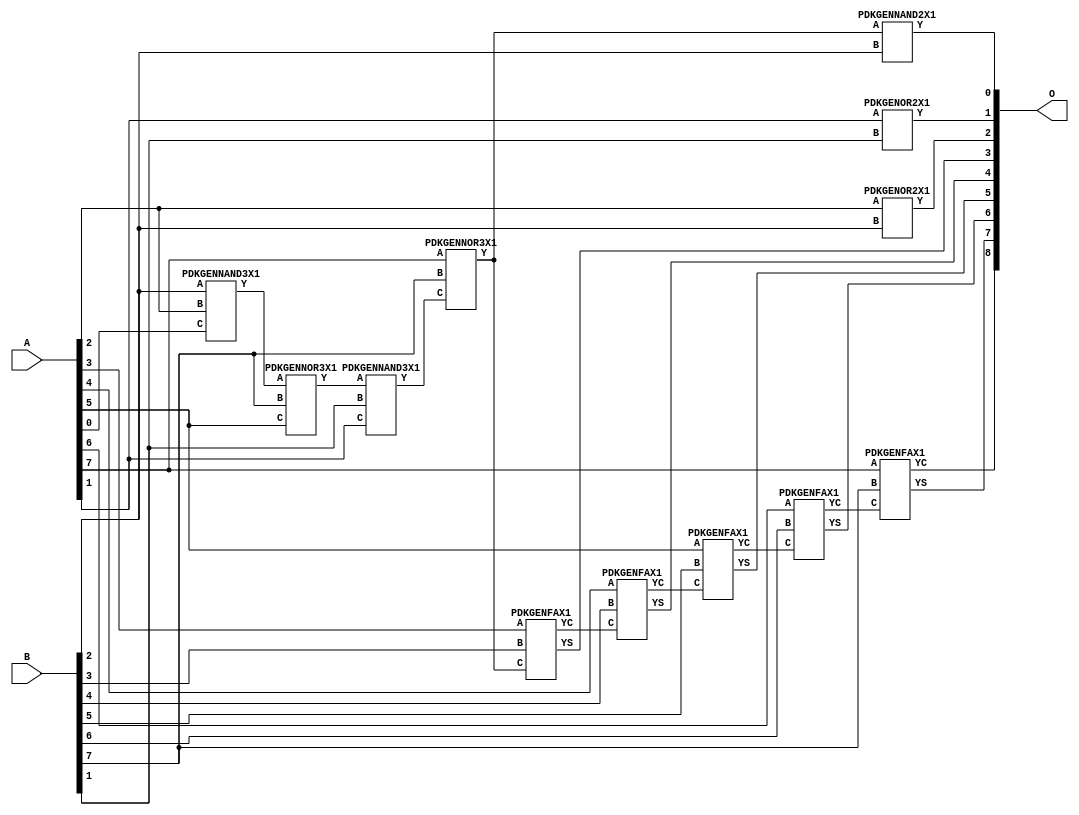
// Library = EvoApprox8b
// Circuit = add8_236
// Area   (180) = 888
// Delay  (180) = 1.600
// Power  (180) = 213.20
// Area   (45) = 61
// Delay  (45) = 0.590
// Power  (45) = 21.06
// Nodes = 12
// HD = 141968
// MAE = 1.75781
// MSE = 6.33594
// MRE = 0.92 %
// WCE = 7
// WCRE = 100 %
// EP = 71.7 %

module add8_236(A, B, O);
  input [7:0] A;
  input [7:0] B;
  output [8:0] O;
  wire [2031:0] N;

  assign N[0] = A[0];
  assign N[1] = A[0];
  assign N[2] = A[1];
  assign N[3] = A[1];
  assign N[4] = A[2];
  assign N[5] = A[2];
  assign N[6] = A[3];
  assign N[7] = A[3];
  assign N[8] = A[4];
  assign N[9] = A[4];
  assign N[10] = A[5];
  assign N[11] = A[5];
  assign N[12] = A[6];
  assign N[13] = A[6];
  assign N[14] = A[7];
  assign N[15] = A[7];
  assign N[16] = B[0];
  assign N[17] = B[0];
  assign N[18] = B[1];
  assign N[19] = B[1];
  assign N[20] = B[2];
  assign N[21] = B[2];
  assign N[22] = B[3];
  assign N[23] = B[3];
  assign N[24] = B[4];
  assign N[25] = B[4];
  assign N[26] = B[5];
  assign N[27] = B[5];
  assign N[28] = B[6];
  assign N[29] = B[6];
  assign N[30] = B[7];
  assign N[31] = B[7];

  PDKGENNAND3X1 n32(.A(N[20]), .B(N[4]), .C(N[0]), .Y(N[32]));
  PDKGENNOR3X1 n34(.A(N[32]), .B(N[30]), .C(N[10]), .Y(N[34]));
  PDKGENNAND3X1 n40(.A(N[34]), .B(N[18]), .C(N[2]), .Y(N[40]));
  PDKGENNOR3X1 n42(.A(N[14]), .B(N[30]), .C(N[40]), .Y(N[42]));
  assign N[43] = N[42];
  PDKGENOR2X1 n82(.A(N[2]), .B(N[18]), .Y(N[82]));
  PDKGENNAND2X1 n100(.A(N[42]), .B(N[20]), .Y(N[100]));
  PDKGENOR2X1 n132(.A(N[4]), .B(N[20]), .Y(N[132]));
  PDKGENFAX1 n182(.A(N[6]), .B(N[22]), .C(N[43]), .YS(N[182]), .YC(N[183]));
  PDKGENFAX1 n232(.A(N[8]), .B(N[24]), .C(N[183]), .YS(N[232]), .YC(N[233]));
  PDKGENFAX1 n282(.A(N[10]), .B(N[26]), .C(N[233]), .YS(N[282]), .YC(N[283]));
  PDKGENFAX1 n332(.A(N[12]), .B(N[28]), .C(N[283]), .YS(N[332]), .YC(N[333]));
  PDKGENFAX1 n382(.A(N[14]), .B(N[30]), .C(N[333]), .YS(N[382]), .YC(N[383]));

  assign O[0] = N[100];
  assign O[1] = N[82];
  assign O[2] = N[132];
  assign O[3] = N[182];
  assign O[4] = N[232];
  assign O[5] = N[282];
  assign O[6] = N[332];
  assign O[7] = N[382];
  assign O[8] = N[383];

endmodule
/* mod */
module PDKGENFAX1( input A, input B, input C, output YS, output YC );
    assign YS = (A ^ B) ^ C;
    assign YC = (A & B) | (B & C) | (A & C);
endmodule
/* mod */
module PDKGENNOR3X1(input A, input B, input C, output Y );
     assign Y = ~((A | B) | C);
endmodule
/* mod */
module PDKGENNAND3X1(input A, input B, input C, output Y );
     assign Y = ~((A & B) & C);
endmodule
/* mod */
module PDKGENOR2X1(input A, input B, output Y );
     assign Y = A | B;
endmodule
/* mod */
module PDKGENNAND2X1(input A, input B, output Y );
     assign Y = ~(A & B);
endmodule